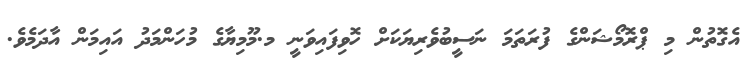
އެގޮތުން މި ޕްރޮމޯޝަންގެ ފުރަތަމަ ނަސީބުވެރިޔަކަށް ހޮވިފައިވަނީ މ.މޫމިޔާގެ މުހަންމަދު އައިމަން އާދަމެވެ.